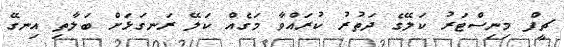
ޗީފް މިނިސްޓަރު ކަލޭގެ ދަތުރު ކުރައްވާ މަގެއް ކަލޭ ރަނގަޅަށް ބަލާތި އިނގޭ